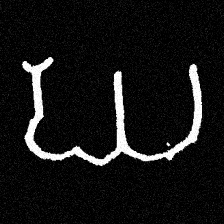
Pyu character \u2014 Myanmar letter: ဃ (romanized: gha)